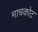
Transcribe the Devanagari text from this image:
माचकोट